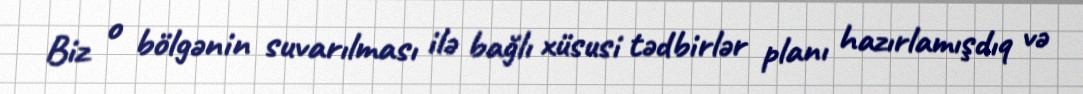
Biz o bölgənin suvarılması ilə bağlı xüsusi tədbirlər planı hazırlamışdıq və